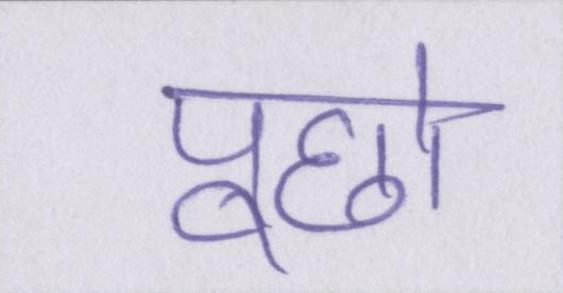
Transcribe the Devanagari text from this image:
पूछो